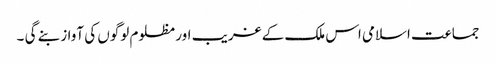
جماعت اسلامی اس ملک کے غریب اور مظلوم لوگوں کی آواز بنے گی ۔